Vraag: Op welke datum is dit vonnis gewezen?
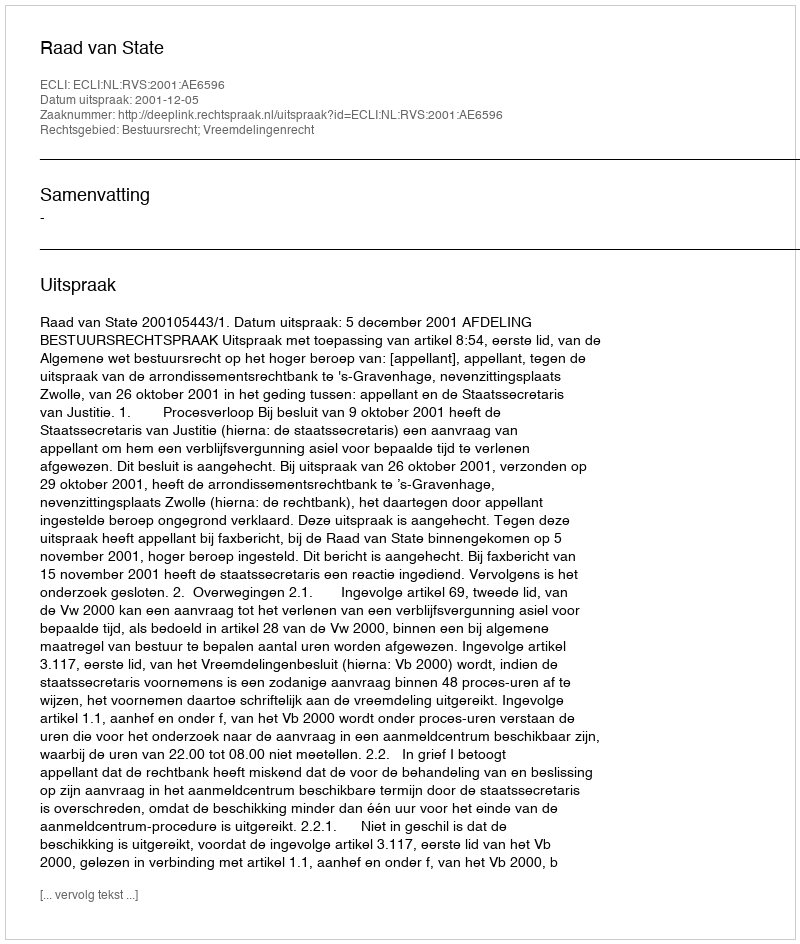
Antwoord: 2001-12-05